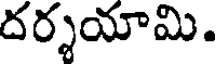
దర్శయామి.